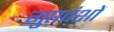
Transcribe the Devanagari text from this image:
गुप्तवंशों